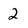
Character: 2